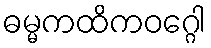
ဓမ္မကထိကဝဂ္ဂေါ